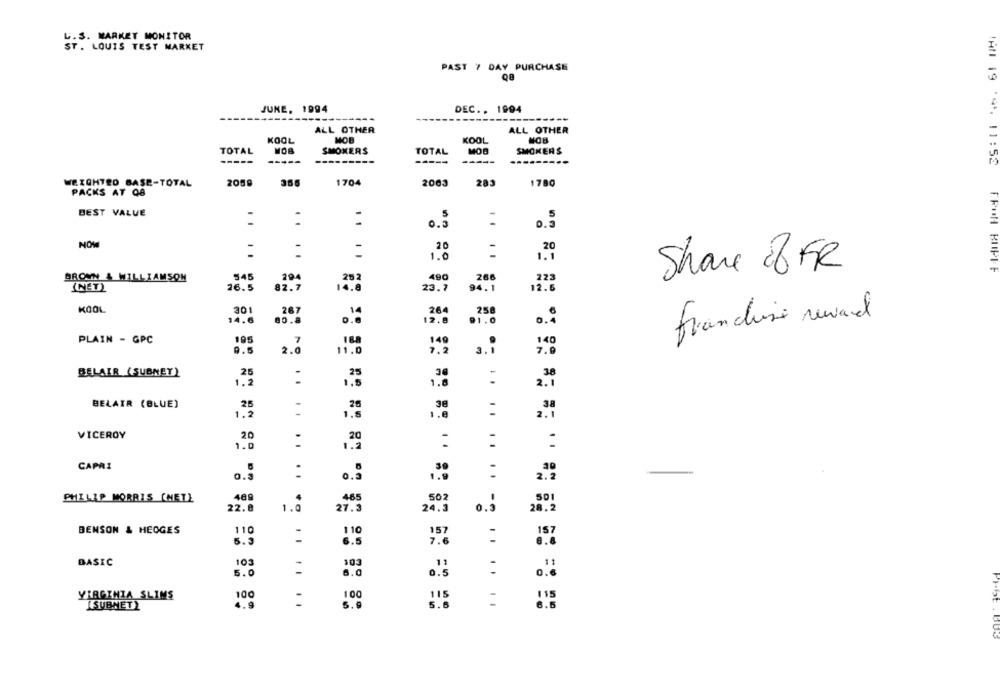
L.S. MARKET MONITOR
ST. LOUIS TEST MARKET
PAST 7 DAY PURCHASE
JUNE, 1994
DEC .. 1994
--------
ALL OTHER
ALL OTHER
KOOL
MOE
KOOL
TOTAL
MOB
SMOKERS
TOTAL
MOB
SMOKERS
IAN 19 4. 11:52
WEIGHTED BASE-TOTAL
2059
356
1704
2003
283
1780
PACKS AT Q8
BEST VALUE
5
1 1
0.
0.3
NOW
-
20
20
-
1.0
1.1
Share 28 FR
BROWN & WILLIAMSON
545
294
28 2
490
266
223
FROH BUPEE
(NET)
26.5
82.7
14.0
23.7
94.1
12.6
KOOL
301
267
14
264
258
14.6
12.6
franchise reward
195
PLAIN - GPC
7
168
149
140
9.5
2.
11.0
a.i
7 . 0
BELAIR (SUBNET)
25
-
1.2
1.6
BELAIR (BLUE)
25
1.2
.. 8
2.1
VICEROY
20
1.0
..
CAPRI
0.3
0.3
PHILIP MORRIS (NET}
489
465
502
501
22.8
1.0
24.3
0.3
28.2
BENSON & HEOGES
110
110
157
157
5.3
6.5
7.6
103
BASIC
103
11
5.0
6.0
VIRGINIA SLIMS
100
100
115
SUBNET)
4.9
5.9
5.6